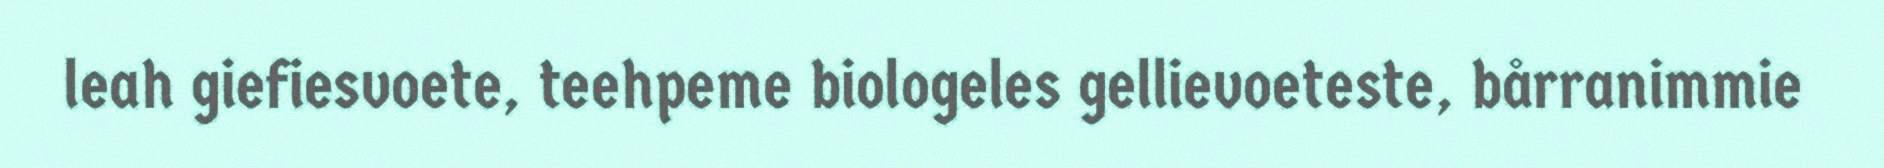
leah giefiesvoete, teehpeme biologeles gellievoeteste, bårranimmie